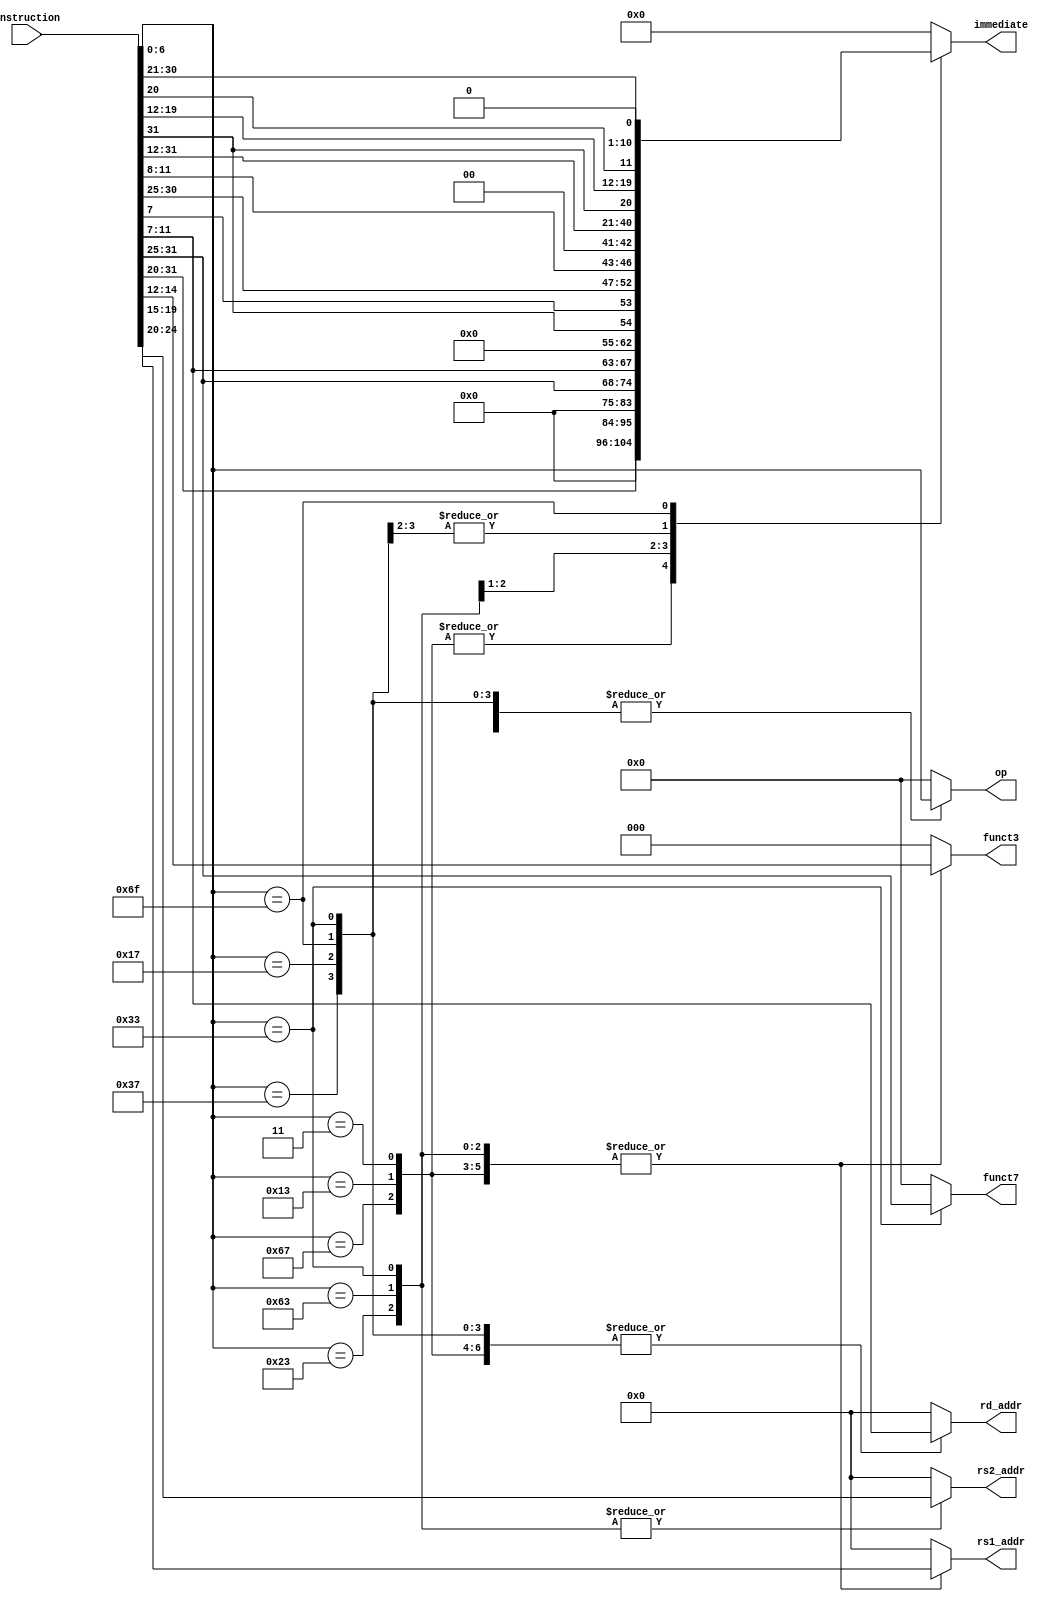
module Instruction_Decoder_1#(parameter width = 32)(  // Module definition with parameter for instruction width
    input [width-1:0] instruction,  // Full instruction input
    output reg [20:0] immediate,    // Extracted immediate value
    output reg [6:0] funct7,        // Function field 7-bit
    output reg [4:0] rs2_addr,      // Source register 2 address
    output reg [4:0] rs1_addr,      // Source register 1 address
    output reg [2:0] funct3,        // Function field 3-bit
    output reg [4:0] rd_addr,       // Destination register address
    output reg [6:0] op             // Opcode
    );

    // Initialize outputs to zero
    initial begin
        funct7 = 7'b0; rs2_addr = 5'b0; rs1_addr = 5'b0; funct3 = 3'b0; rd_addr = 5'b0;
        immediate = 21'b0; op = 7'b0;
    end

    // Extract the opcode from the instruction
    wire [6:0] op_instruction = instruction[6:0];

    // Control logic to decode the instruction based on opcode
    always @(*)begin
        case (op_instruction)
            7'd51: begin  // R Type 
                funct7 = instruction[31:25]; rs2_addr = instruction[24:20]; rs1_addr = instruction[19:15]; funct3 = instruction[14:12]; rd_addr = instruction[11:7];
                immediate = 21'b0; op = instruction[6:0];
            end            
            7'd3, 7'd19, 7'd103 : begin  // I Type 
                immediate = {9'b0,instruction[31:20]}; rs1_addr = instruction[19:15]; funct3 = instruction[14:12]; rd_addr = instruction[11:7];
                funct7 = 7'b0; rs2_addr = 5'b0; op = instruction[6:0];
            end
            7'd35: begin  // S Type  
                funct7 = 7'b0; rs2_addr = instruction[24:20]; rs1_addr = instruction[19:15]; funct3 = instruction[14:12]; rd_addr = 5'b0;
                immediate = {9'b0,instruction[31:25],instruction[11:7]}; op = instruction[6:0];
            end
            7'd99: begin  // B Type 
                funct7 = 7'b0; rs2_addr = instruction[24:20]; rs1_addr = instruction[19:15]; funct3 = instruction[14:12]; rd_addr = 5'b0;
                immediate = {8'b0,instruction[31],instruction[7],instruction[30:25],instruction[11:8],1'b0}; op = instruction[6:0];
            end
            7'd23, 7'd55: begin  // U Type 
                funct7 = 7'b0; rs2_addr = 5'b0; rs1_addr = 5'b0; funct3 = 3'b0; rd_addr = instruction[11:7];
                immediate = {1'b0,instruction[31:12]}; op = instruction[6:0];
            end
            7'd111: begin  // J Type 
                funct7 = 7'b0; rs2_addr = 5'b0; rs1_addr = 5'b0; funct3 = 3'b0; rd_addr = instruction[11:7];
                immediate = {instruction[31],instruction[19:12],instruction[20],instruction[30:21],1'b0}; op = instruction[6:0];
            end
            default:begin
                funct7 = 7'b0; rs2_addr = 5'b0; rs1_addr = 5'b0; funct3 = 3'b0; rd_addr = 5'b0;
                immediate = 21'b0; op = 7'b0;
            end
        endcase
    end
endmodule